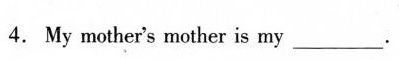
4.My mother's mother is my ___ .